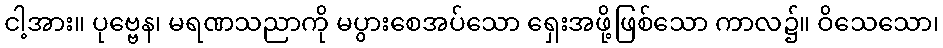
ငါ့အား။ ပုဗ္ဗေန၊ မရဏသညာကို မပွားစေအပ်သော ရှေးအဖို့ဖြစ်သော ကာလ၌။ ဝိသေသော၊